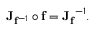
\mathbf { J } _ { \mathbf { f } ^ { - 1 } } \circ \mathbf { f } = { \mathbf { J } _ { \mathbf { f } } } ^ { - 1 } .